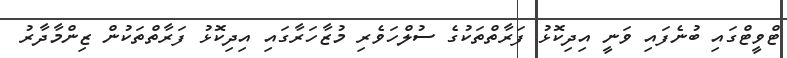
ޓްވީޓްގައި ބުނެފައި ވަނީ އިދިކޮޅު ފަރާތްތަކުގެ ސުލްހަވެރި މުޒާހަރާގައި އިދިކޮޅު ފަރާތްތަކުން ޒިންމާދާރު